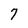
Character: 7